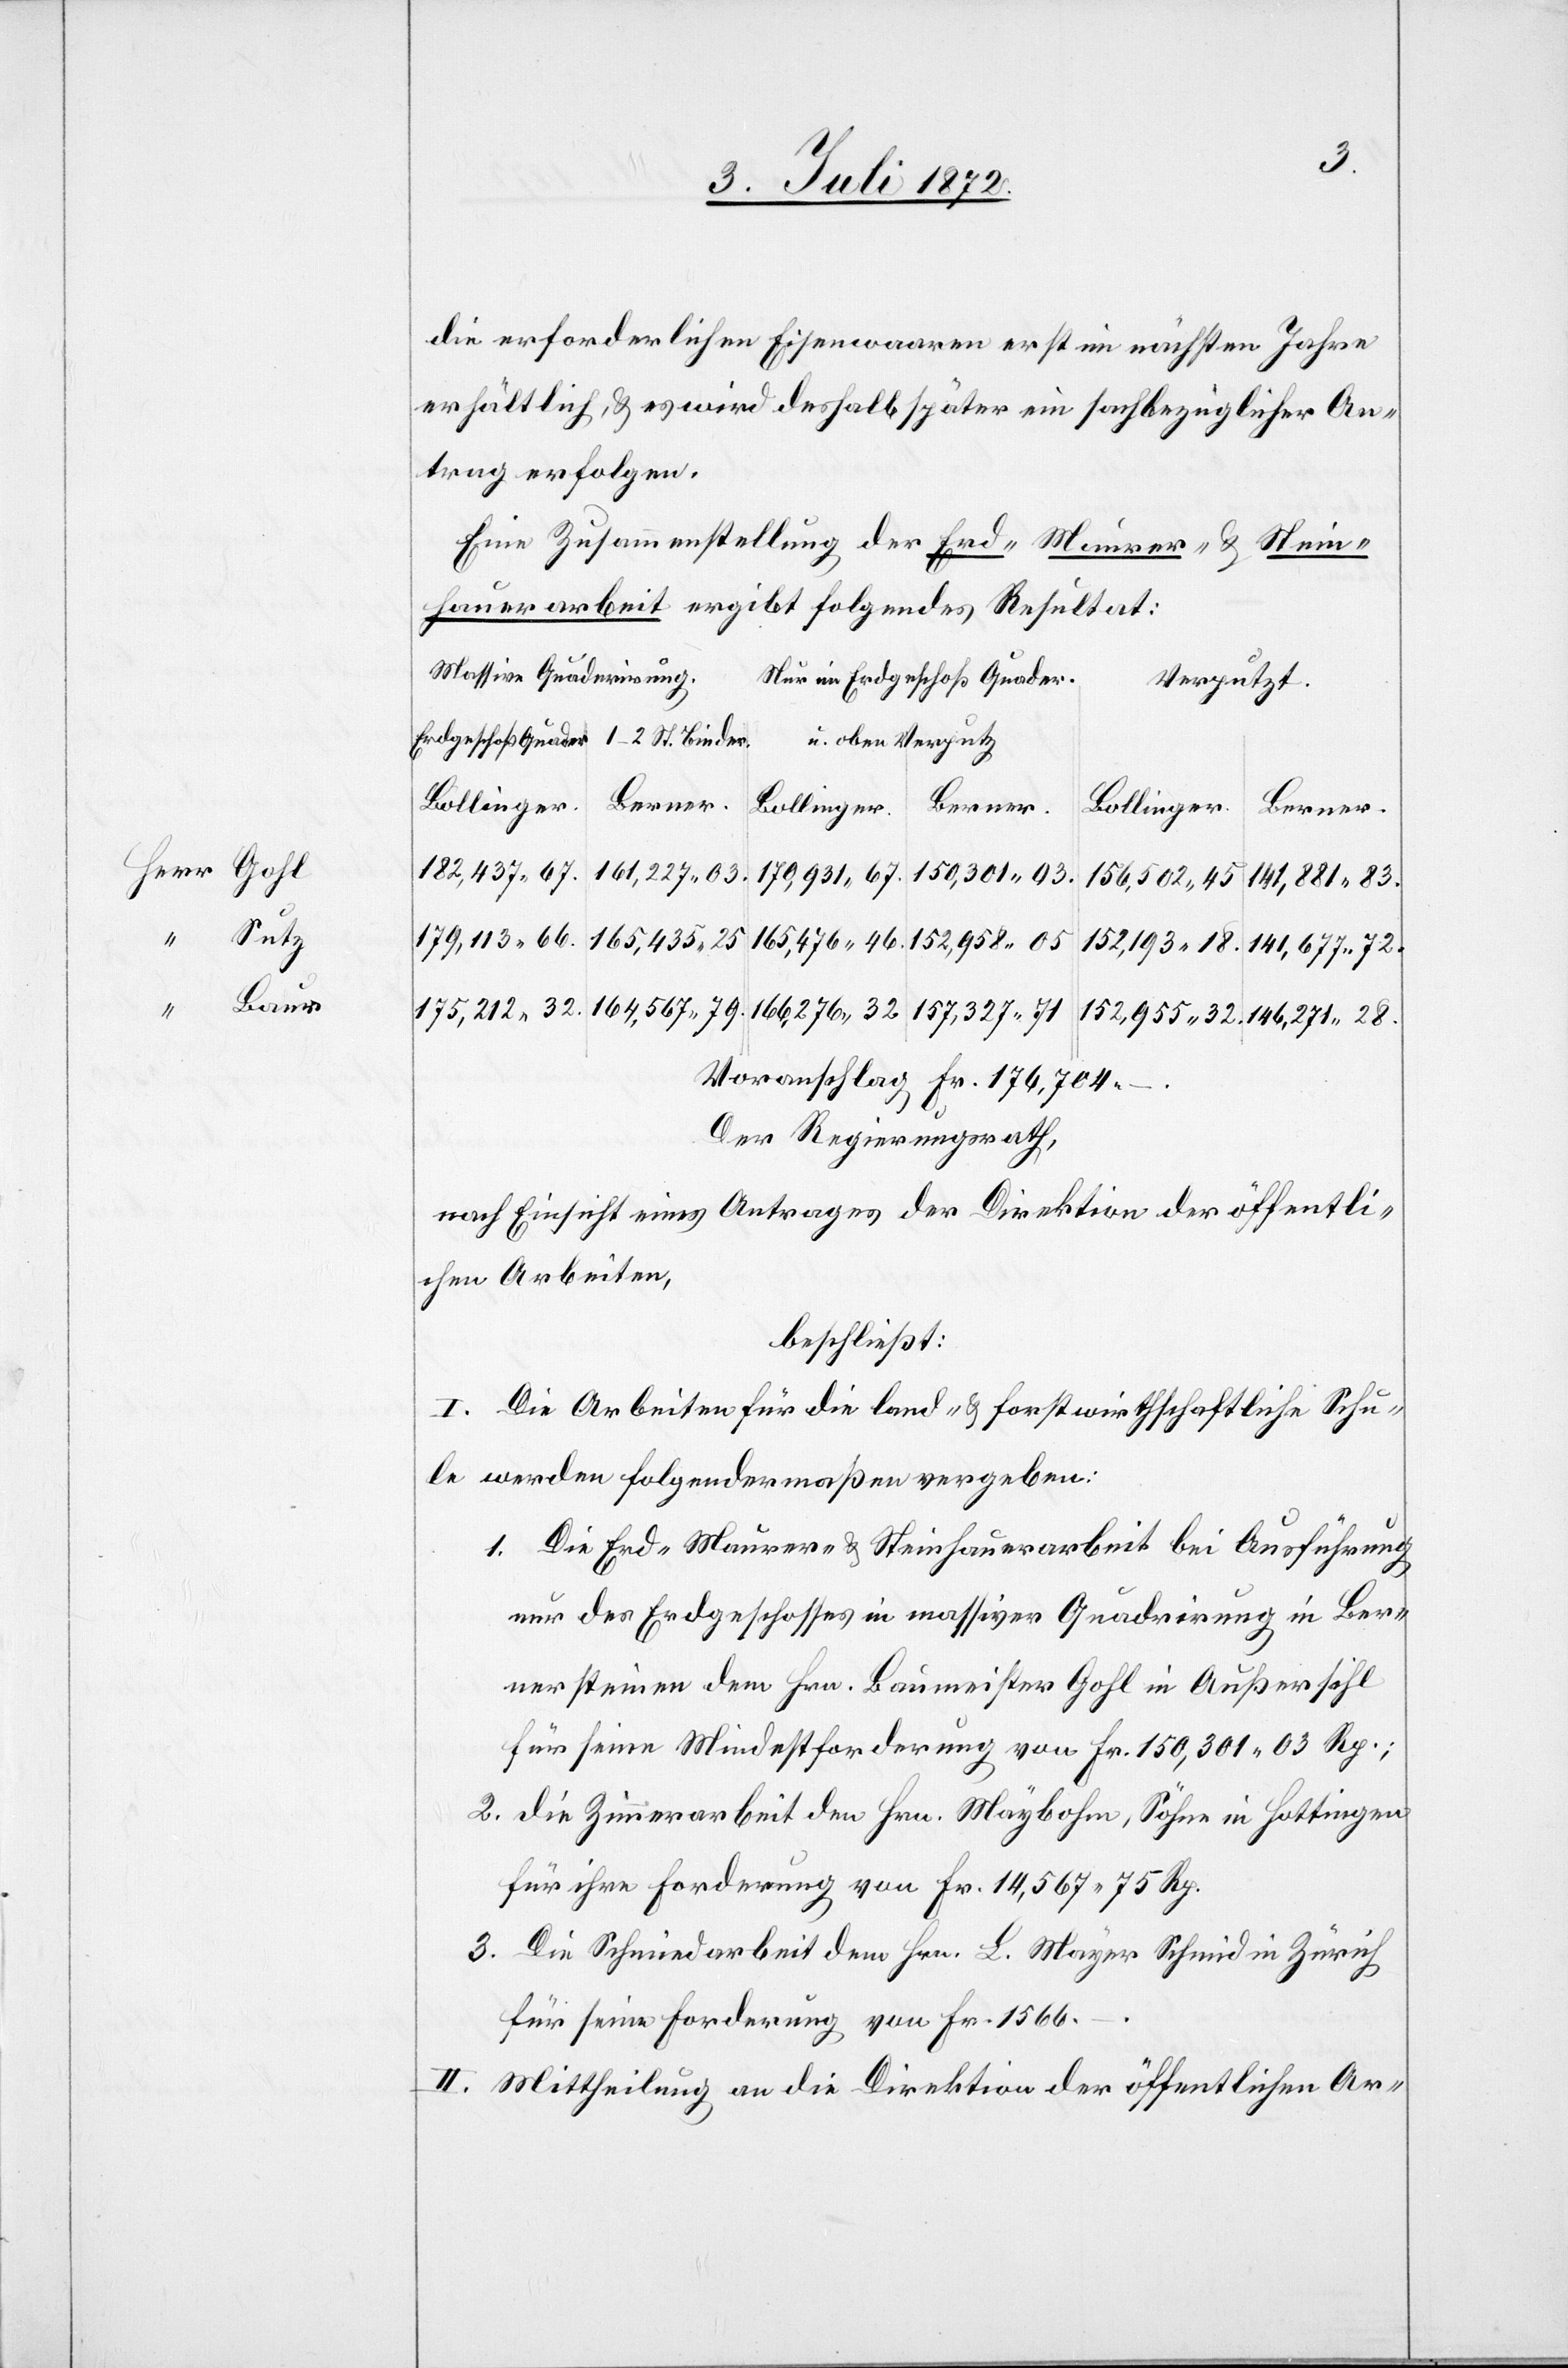
Sutz
46.
Baur

32.
die erforderlichen Eisenwaaren erst im nächsten Jahre
erhältlich, u. es wird deshalb später ein sachbezüglicher An¬
trag erfolgen.
Eine Zusammenstellung der Erd-[,] Maurer- u. Stein¬
hauerarbeit ergibt folgendes Resultat:
putz
Massive Quaderirung.
Nur im Erdgeschoß Quader.
Verputzt.
Bollinger.
Berner.
156,502 45.
146,271 28.
152,955 32.
164,567 79.
Voranschlag Fr. 176,704 –.
Der Regierungsrath,
nach Einsicht eines Antrages der Direktion der öffentli¬
chen Arbeiten,
beschließt:
I. Die Arbeiten für die land- u. forstwirthschaftliche Schu¬
le werden folgendermaßen vergeben:
1. Die Erd-[,] Maurer- u. Steinhauerarbeit bei Ausführung
nur des Erdgeschosses in massiver Quadrirung in Ber¬
nersteinen dem Hrn. Baumeister Gohl in Außersihl
für seine Mindestforderung von Fr. 150,301 03 Rp.;
2. die Zimmerarbeit den Hrn. Maybohm, Söhne in Hottingen
für ihre Forderung von Fr. 14,567 75 Rp.
3. Die Schmiedarbeit dem Hrn. L. Mayer Schmid in Zürich
für seine Forderung von Fr. 1566.
II. Mittheilung an die Direktion der öffentlichen Ar-